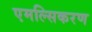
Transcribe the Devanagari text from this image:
एमल्सिकरण